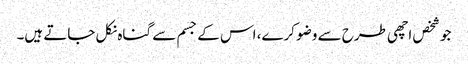
جو شخص اچھی طرح سے وضو کرے، اس کے جسم سے گناہ نکل جاتے ہیں۔